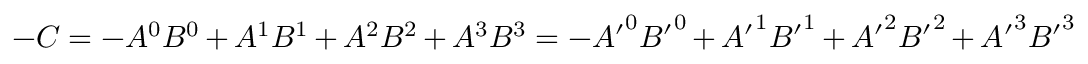
- C = - A ^ { 0 } B ^ { 0 } + A ^ { 1 } B ^ { 1 } + A ^ { 2 } B ^ { 2 } + A ^ { 3 } B ^ { 3 } = - { A ^ { \prime } } ^ { 0 } { B ^ { \prime } } ^ { 0 } + { A ^ { \prime } } ^ { 1 } { B ^ { \prime } } ^ { 1 } + { A ^ { \prime } } ^ { 2 } { B ^ { \prime } } ^ { 2 } + { A ^ { \prime } } ^ { 3 } { B ^ { \prime } } ^ { 3 }